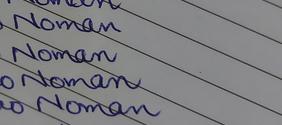
Signature authenticity: genuine